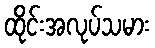
ထိုင်းအလုပ်သမား